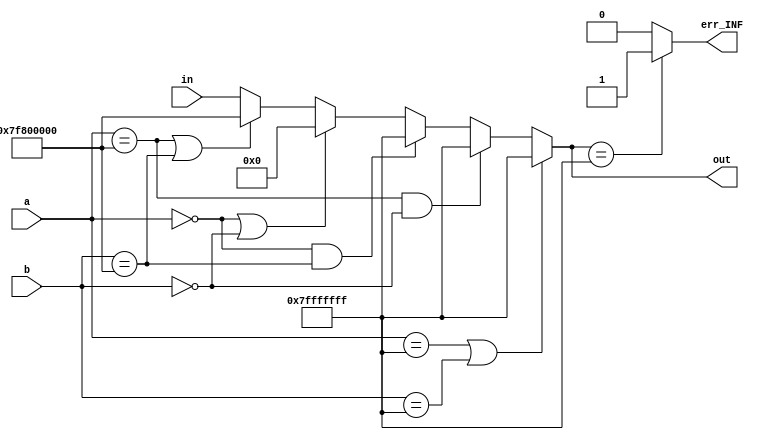
`timescale 1ns / 1ps
//////////////////////////////////////////////////////////////////////////////////
// Company: 
// Engineer: 
// 
// Design Name: 
// Module Name:    specialJudge 
// Project Name: 
// Target Devices: 
// Tool versions: 
// Description: 
//
// Dependencies: 
//
// Revision: 
// Revision 0.01 - File Created
// Additional Comments: 
//
//////////////////////////////////////////////////////////////////////////////////
module specialJudge(
		input [30:0]a,
		input [30:0]b,
		input [30:0]in,
		output [30:0]out,
		output err_INF
    );
	 reg err;
	 reg [30:0]tmp;

	 initial begin
		 err = 1'b0;
	 end

	 always @* begin
		tmp = in;
		if (a == 31'b1111111_10000000_00000000_00000000 || b == 31'b1111111_10000000_00000000_00000000)
			tmp = 31'b1111111_10000000_00000000_00000000;
		if (a == 31'b0000000_00000000_00000000_00000000 || b == 31'b0000000_00000000_00000000_00000000)
			tmp = 31'b0000000_00000000_00000000_00000000;
		if (a == 31'b0000000_00000000_00000000_00000000 && b == 31'b1111111_10000000_00000000_00000000)
			tmp = 31'b1111111_11111111_11111111_11111111;
		if (a == 31'b1111111_10000000_00000000_00000000 && b == 31'b0000000_00000000_00000000_00000000)
			tmp = 31'b1111111_11111111_11111111_11111111;
		if (a == 31'b1111111_11111111_11111111_11111111 || b == 31'b1111111_11111111_11111111_11111111)
			tmp = 31'b1111111_11111111_11111111_11111111;
		if (tmp == 31'b1111111_11111111_11111111_11111111)
			err = 1'b1;
		else
			err = 1'b0;
	 end

	 assign out = tmp;
	 assign err_INF = err;

endmodule